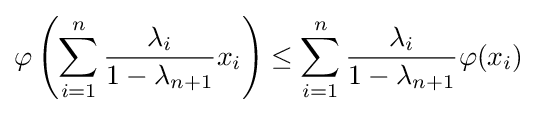
\varphi \left(\sum _{i=1}^{n}{\frac {\lambda _{i}}{1-\lambda _{n+1}}}x_{i}\right)\leq \sum _{i=1}^{n}{\frac {\lambda _{i}}{1-\lambda _{n+1}}}\varphi (x_{i})